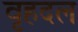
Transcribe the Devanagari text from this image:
वृहदल